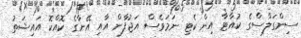
ސިންގަލްސްގެ ކުއާޓާ އިން ކެޓި ނަމަވެސް އަޖުފާން އާއި އޭނާގެ ކޮއްކޮ އައިޝަތު